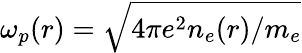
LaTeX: \omega_{p}(r)=\sqrt{4\pi e^{2}n_{e}(r)/m_{e}}